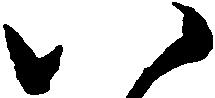
八